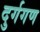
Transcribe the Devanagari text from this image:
दुर्गगण